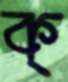
ক্